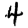
Digit: 4